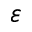
\varepsilon